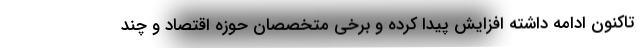
تاکنون ادامه داشته افزایش پیدا کرده و برخی متخصصان حوزه اقتصاد و چند